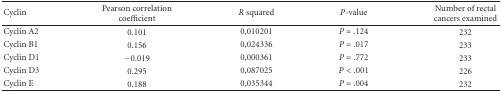
<table><thead><tr><td><b>Cyclin</b></td><td><b>Pearson correlation coefficient</b></td><td><b><i>R</i> squared</b></td><td><b><i>P</i>-value</b></td><td><b>Number of rectal cancers examined</b></td></tr></thead><tbody><tr><td>Cyclin A2</td><td>0.101</td><td>0,010201</td><td><i>P</i> = .124</td><td>232</td></tr><tr><td>Cyclin B1</td><td>0.156</td><td>0,024336</td><td><i>P</i> = .017</td><td>233</td></tr><tr><td>Cyclin D1</td><td> −0.019</td><td>0,000361</td><td><i>P</i> = .772</td><td>233</td></tr><tr><td>Cyclin D3</td><td>0.295</td><td>0,087025</td><td><i>P</i> &lt; .001</td><td>226</td></tr><tr><td>Cyclin E</td><td>0.188</td><td>0,035344</td><td><i>P</i> = .004</td><td>232</td></tr></tbody></table>